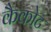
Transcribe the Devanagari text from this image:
कैकोट